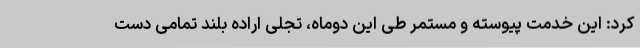
کرد: این خدمت پیوسته و مستمر طی این دوماه، تجلی اراده بلند تمامی دست